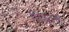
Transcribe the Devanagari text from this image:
पिथारू